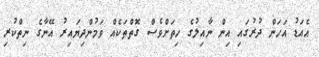
އެއަޑު އަހަން ދުރުގައި އިން ނާއިލުގެ ހިތަށްވެސް ގޮތްތަކެއް ވަމުންދިޔައިރު އޭނާގެ ނިތްކުރި